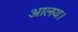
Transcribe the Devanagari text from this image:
आलय।